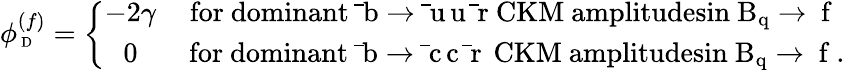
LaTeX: \phi_{\mathrm{{\scriptsize~D}}}^{(f)}=\left\{ \begin{array}{cc}{{-2\gamma}}&{{\mathrm{for~dominant~\bar{~}b\to\bar{~}u\, u\, \bar{~}r~CKM~amplitudesin~B_{q}\to~f~}}}\\ {{0}}&{{\, \mathrm{for~dominant~\bar{~}b\to\bar{~}c\, c\, \bar{~}r\, ~CKM~amplitudesin~B_{q}\to~f~.}}}\end{array}\right.